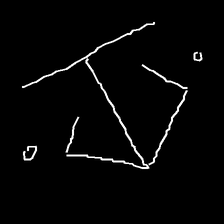
Glyph: earth